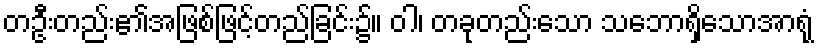
တဦးတည်း၏အဖြစ်ဖြင့်တည်ခြင်း၌။ ဝါ၊ တခုတည်းသော သဘောရှိသောအာရုံ